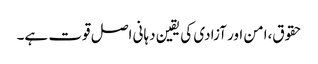
حقوق،امن اور آزادی کی یقین دہانی اصل قوت ہے۔